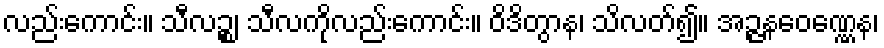
လည်းကောင်း။ သီလဉ္စ၊ သီလကိုလည်းကောင်း။ ဝိဒိတွာန၊ သိလတ်၍။ အဉ္ဇနဝေဏ္ဏေန၊